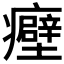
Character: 𬐀